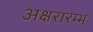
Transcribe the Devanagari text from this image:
अक्षरारम्भ